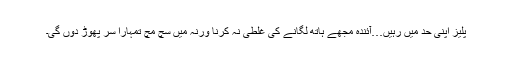
پلیز اپنی حد میں رہیں…آئندہ مجھے ہاتھ لگانے کی غلطی نہ کرنا ورنہ میں سچ مچ تمہارا سر پھوڑ دوں گی۔